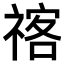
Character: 𥚰